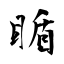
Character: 瞃